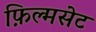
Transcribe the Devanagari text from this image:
फ़िल्मसेट